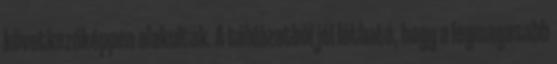
következőképpen alakultak. A táblázatból jól látható, hogy a legmagasabb